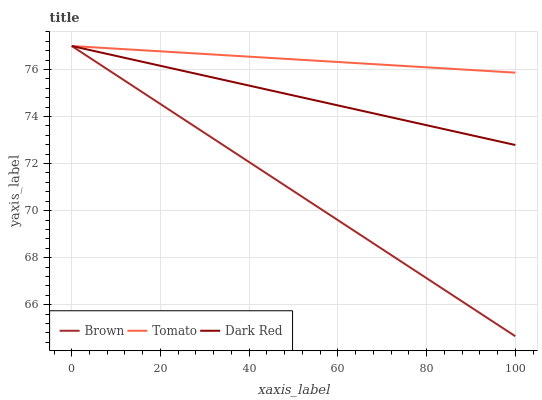
| xaxis_label | Brown | Tomato | Dark Red |
 | --- | --- | --- | --- |
 | 0 | 77 | 77 | 77 |
 | 25 | 73.9 | 76.7 | 75.9 |
 | 50 | 70.8 | 76.4 | 74.9 |
 | 75 | 67.7 | 76.2 | 73.8 |
 | 100 | 64.7 | 75.9 | 72.8 |